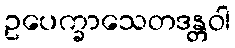
ဥပေက္ခာသေတဒန္တဝါ